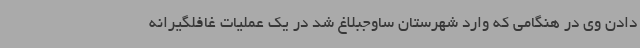
دادن وی در هنگامی که وارد شهرستان ساوجبلاغ شد در یک عملیات غافلگیرانه